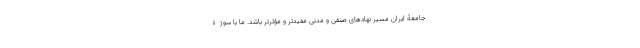
جامعۀ ایران مسیر نهادهای صنفی و مدنی مفیدتر و مؤثرتر باشد. ما با سوژۀ